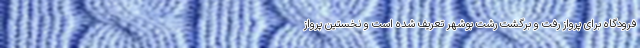
فرودگاه برای پرواز رفت و برگشت رشت بوشهر تعریف شده است و نخستین پرواز